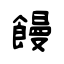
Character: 饅